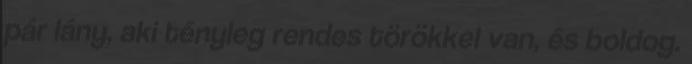
pár lány, aki tényleg rendes törökkel van, és boldog.